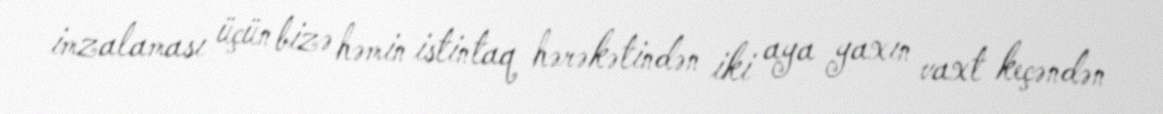
imzalaması üçün bizə həmin istintaq hərəkətindən iki aya yaxın vaxt keçəndən